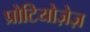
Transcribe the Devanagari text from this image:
प्रोटियोज़ेज़